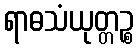
ရာဓသံယုတ္တဉ္စ